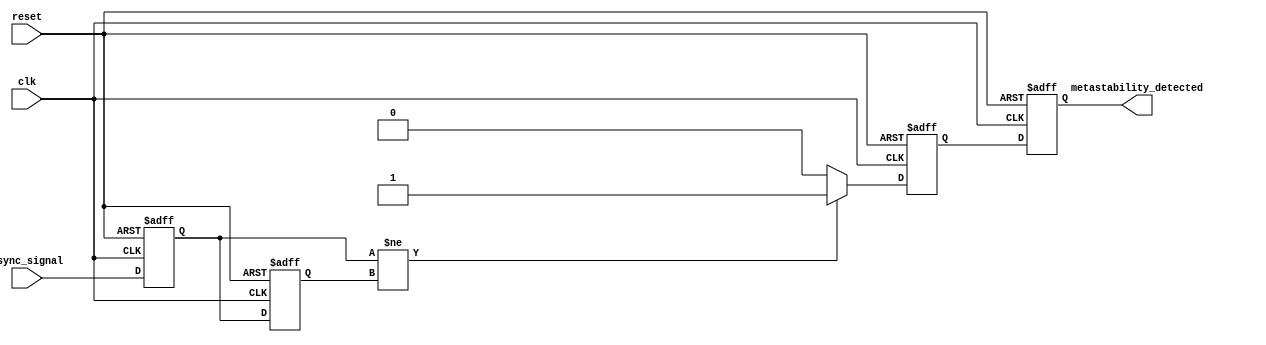
module metastability_detector (
    input wire clk,                // Stable clock signal
    input wire async_signal,       // Asynchronous input signal
    input wire reset,              // Reset signal
    output reg metastability_detected // Output signal indicating metastability
);

    // Internal signals
    reg ff1, ff2;                  // Flip-flops for double sampling
    reg pulse;                     // Pulse signal for metastability indication

    // Flip-flops to sample the asynchronous signal
    always @(posedge clk or posedge reset) begin
        if (reset) begin
            ff1 <= 1'b0;
            ff2 <= 1'b0;
        end else begin
            ff1 <= async_signal;   // Sample input signal at clock edge
            ff2 <= ff1;            // Sample the output of the first flip-flop
        end
    end

    // Pulse generation logic
    always @(posedge clk or posedge reset) begin
        if (reset) begin
            pulse <= 1'b0;
        end else begin
            // Generate a pulse if ff1 and ff2 are different
            if (ff1 != ff2) begin
                pulse <= 1'b1;      // Indicate potential metastability
            end else begin
                pulse <= 1'b0;      // Reset pulse if no difference
            end
        end
    end

    // Metastability detection output logic
    always @(posedge clk or posedge reset) begin
        if (reset) begin
            metastability_detected <= 1'b0;
        end else begin
            // Set the output signal if pulse is high
            metastability_detected <= pulse;
        end
    end

endmodule